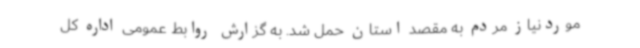
موردنیاز مردم به مقصد استان حمل شد. به گزارش روابط عمومی اداره کل